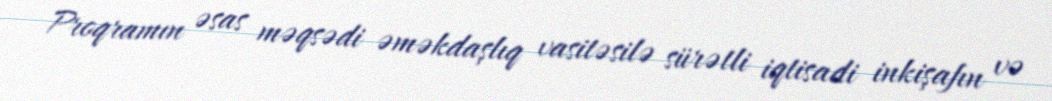
Proqramın əsas məqsədi əməkdaşlıq vasitəsilə sürətli iqtisadi inkişafın və